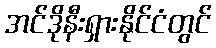
အင်ဒိုနီးရှားနိုင်ငံတွင်